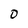
Character: 0